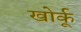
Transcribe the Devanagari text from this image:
खोर्कू